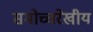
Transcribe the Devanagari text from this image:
समोच्चरेखीय